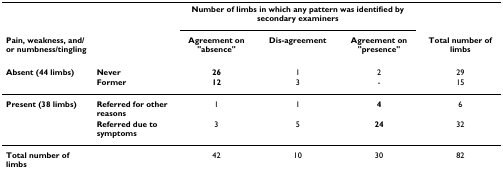
<table><thead><tr><td></td><td></td><td colspan="3"><b>Number of limbs in which any pattern was identified by secondary examiners</b></td><td></td></tr><tr><td><b>Pain, weakness, and/or numbness/tingling</b></td><td></td><td><b>Agreement on &quot;absence&quot;</b></td><td><b>Dis-agreement</b></td><td><b>Agreement on &quot;presence&quot;</b></td><td><b>Total number of limbs</b></td></tr></thead><tbody><tr><td><b>Absent (44 limbs)</b></td><td><b>Never</b></td><td><b>26</b></td><td>1</td><td>2</td><td>29</td></tr><tr><td></td><td><b>Former</b></td><td><b>12</b></td><td>3</td><td>-</td><td>15</td></tr><tr><td><b>Present (38 limbs)</b></td><td><b>Referred for other reasons</b></td><td>1</td><td>1</td><td><b>4</b></td><td>6</td></tr><tr><td></td><td><b>Referred due to symptoms</b></td><td>3</td><td>5</td><td><b>24</b></td><td>32</td></tr><tr><td><b>Total number of limbs</b></td><td></td><td>42</td><td>10</td><td>30</td><td>82</td></tr></tbody></table>